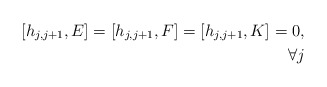
\begin{align*}[h_{j,j+1}, E] = [h_{j,j+1}, F] = [h_{j,j+1}, K] = 0, \\\forall j \end{align*}